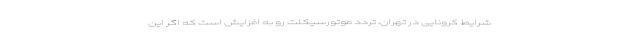
شرایط کرونایی در تهران، تردد موتورسیکلت رو به افزایش است که اگر این